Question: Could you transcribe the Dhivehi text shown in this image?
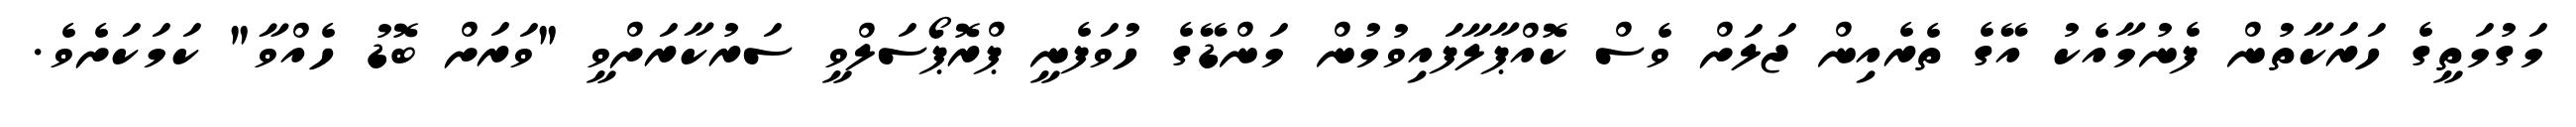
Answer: މަގުމަތީގެ ހަރަކާތުން ފެނުމާއެކު އޭގެ ތެރެއިން ޖަލަށް ވެސް ކޮއްޕާލާފައިވުމުން މަންޑޭގެ ހުވަފެނީ ޕްރޮޕޯސަލްވީ ސަރުކާރަށްވީ "ވަރަށް ބޮޑު ހެއްވާ" ކަމަކަށެވެ.